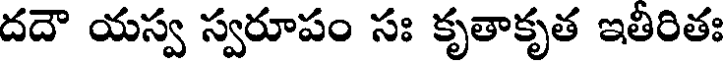
దదౌ యస్వ స్వరూపం సః కృతాకృత ఇతీరితః